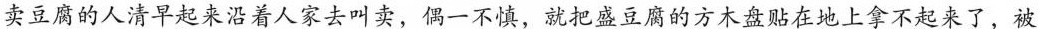
卖豆腐的人清早起来沿着人家去叫卖，偶一不慎，就把盛豆腐的方木盘贴在地上拿不起来了，被